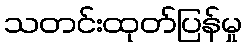
သတင်းထုတ်ပြန်မှု